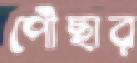
পৌঁছার